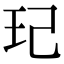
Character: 玘